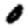
Digit: 0